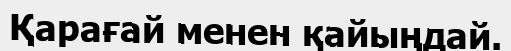
Қарағай менен қайыңдай.